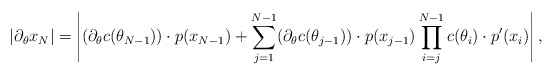
\begin{align*}|\partial_\theta x_N| = \left|(\partial_\theta c(\theta_{N-1})) \cdot p(x_{N-1}) + \sum \limits_{j = 1}^{N-1} (\partial_\theta c(\theta_{j-1})) \cdot p(x_{j-1}) \prod \limits_{i=j}^{N-1} c(\theta_i) \cdot p'(x_i)\right|,\end{align*}